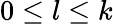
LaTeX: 0\leq l\leq k